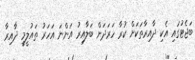
ބަޖެޓުގައި އެކި ދާއިރާތަކަށް ކުރާ ހަރަދަށް ބަލާއިރު އަންނަ އަހަރު ތައުލީމީ ދާއިރާ